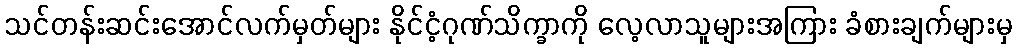
သင်တန်းဆင်းအောင်လက်မှတ်များ နိုင်ငံ့ဂုဏ်သိက္ခာကို လေ့လာသူများအကြား ခံစားချက်များမှ